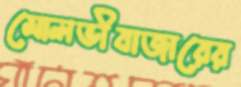
মোলভীবাজারের